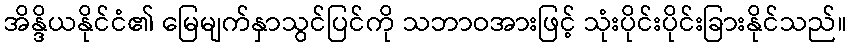
အိန္ဒိယနိုင်ငံ၏ မြေမျက်နှာသွင်ပြင်ကို သဘာဝအားဖြင့် သုံးပိုင်းပိုင်းခြားနိုင်သည်။